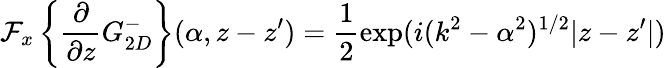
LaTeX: \mathcal{F}_{x}\left\{ \frac{\partial}{\partial z}G_{2D}^{-}\right\} (\alpha,z-z^{\prime})=\frac{1}{2}\exp(i(k^{2}-\alpha^{2})^{1/2}|z-z^{\prime}|)